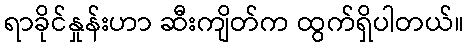
ရာခိုင်နှုန်းဟာ ဆီးကျိတ်က ထွက်ရှိပါတယ်။